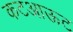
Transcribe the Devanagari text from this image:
कटआऊट